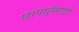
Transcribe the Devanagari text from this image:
छापाईसाठी